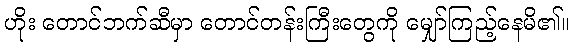
ဟိုး တောင်ဘက်ဆီမှာ တောင်တန်းကြီးတွေကို မျှော်ကြည့်နေမိ၏။